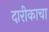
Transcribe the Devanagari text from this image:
दारीकाचा